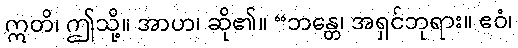
ဣတိ၊ ဤသို့။ အာဟ၊ ဆို၏။ “ဘန္တေ၊ အရှင်ဘုရား။ ဧဝံ၊